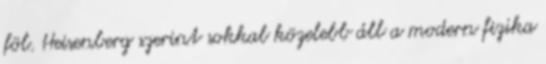
föl. Heisenberg szerint sokkal közelebb áll a modern fizika